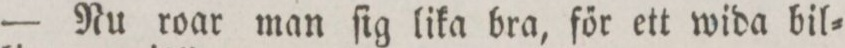
— Nu roar man ſig lika bra, főr ett wida bil=